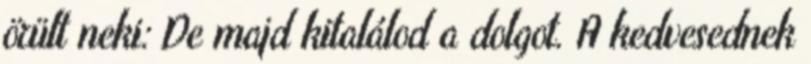
örült neki: De majd kitalálod a dolgot. A kedvesednek